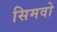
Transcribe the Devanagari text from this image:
सिमवो